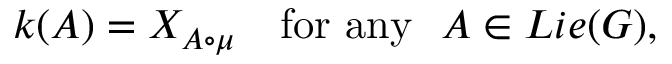
k ( A ) = X _ { A \circ \mu } \quad \mathrm { f o r ~ a n y ~ ~ } A \in L i e ( G ) ,